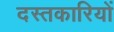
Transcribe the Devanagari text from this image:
दस्तकारियों